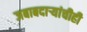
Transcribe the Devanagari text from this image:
जबाबदाऱ्यांचीही